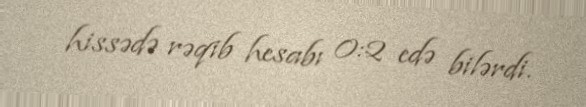
hissədə rəqib hesabı 0:2 edə bilərdi.